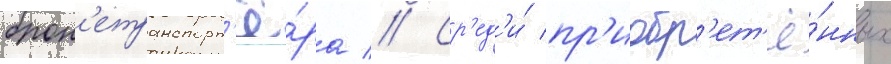
брон'етранспорт'ё́ра // Ср'ед'и́ пр'иобр'ет'ё́нных